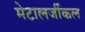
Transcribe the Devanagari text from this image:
मेटालर्जीकल